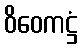
ဝိဝေကဋ္ဌံ